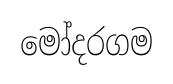
මෝදරගම